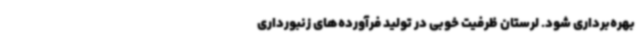
بهره‌برداری شود. لرستان ظرفیت خوبی در تولید فرآورده‌های زنبورداری